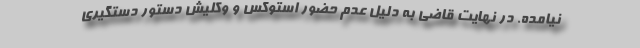
نیامده. در نهایت قاضی به دلیل عدم حضور استوکس و وکلیش دستور دستگیری